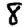
Digit: 8